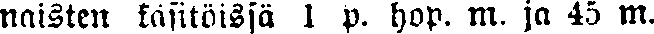
naisten käsitöissä 1 p. hop. m. ja 45 m.